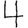
Digit: 4